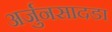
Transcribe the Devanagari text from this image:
अर्जुनसादडा